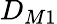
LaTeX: D_{M1}